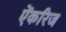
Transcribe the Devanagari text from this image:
ऐंकरिज